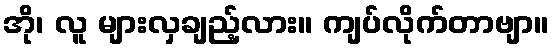
အို၊ လူ များလှချည့်လား။ ကျပ်လိုက်တာဗျာ။